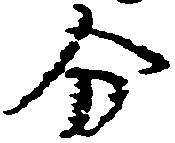
分